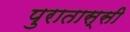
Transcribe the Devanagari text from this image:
पुरातास्सी